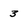
Character: 3